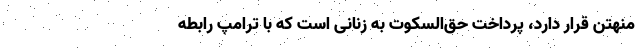
منهتن قرار دارد، پرداخت حق‌السکوت به زنانی است که با ترامپ رابطه